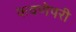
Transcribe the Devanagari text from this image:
कवणेपरी